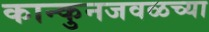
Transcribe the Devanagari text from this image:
कान्कुनजवळच्या